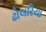
ઢોલરિયા